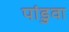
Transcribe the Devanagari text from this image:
पांडुवा